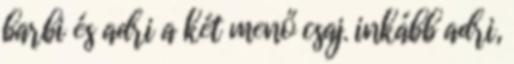
barbi és adri a két menő csaj. inkább adri,